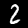
Label: 2